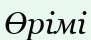
Өрімі